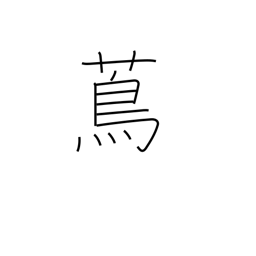
Meaning: vine